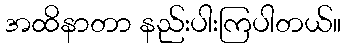
အထိနာတာ နည်းပါးကြပါတယ်။